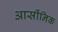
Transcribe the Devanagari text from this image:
आर्सीनिक